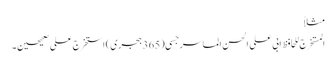
مثلاً
المستخرج للحافظ ابی علی الحسن الماسرجسی (365 ہجری) استخرج علی صحیحین۔